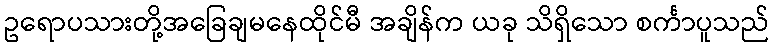
ဥရောပသားတို့အခြေချမနေထိုင်မီ အချိန်က ယခု သိရှိသော စင်္ကာပူသည်